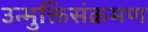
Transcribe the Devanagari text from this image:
उन्मुक्तिसंक्रमण